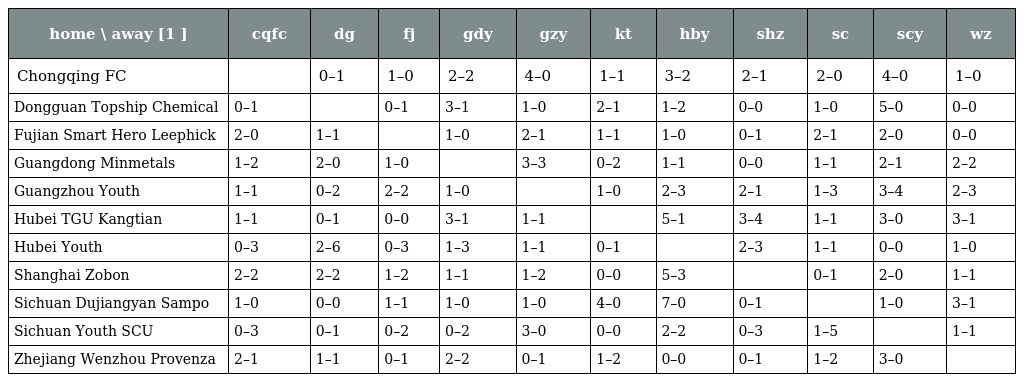
| home \ away [1 ] | cqfc | dg | fj | gdy | gzy | kt | hby | shz | sc | scy | wz |
 | --- | --- | --- | --- | --- | --- | --- | --- | --- | --- | --- | --- |
 | Chongqing FC |  | 0–1 | 1–0 | 2–2 | 4–0 | 1–1 | 3–2 | 2–1 | 2–0 | 4–0 | 1–0 |
 | Dongguan Topship Chemical | 0–1 |  | 0–1 | 3–1 | 1–0 | 2–1 | 1–2 | 0–0 | 1–0 | 5–0 | 0–0 |
 | Fujian Smart Hero Leephick | 2–0 | 1–1 |  | 1–0 | 2–1 | 1–1 | 1–0 | 0–1 | 2–1 | 2–0 | 0–0 |
 | Guangdong Minmetals | 1–2 | 2–0 | 1–0 |  | 3–3 | 0–2 | 1–1 | 0–0 | 1–1 | 2–1 | 2–2 |
 | Guangzhou Youth | 1–1 | 0–2 | 2–2 | 1–0 |  | 1–0 | 2–3 | 2–1 | 1–3 | 3–4 | 2–3 |
 | Hubei TGU Kangtian | 1–1 | 0–1 | 0–0 | 3–1 | 1–1 |  | 5–1 | 3–4 | 1–1 | 3–0 | 3–1 |
 | Hubei Youth | 0–3 | 2–6 | 0–3 | 1–3 | 1–1 | 0–1 |  | 2–3 | 1–1 | 0–0 | 1–0 |
 | Shanghai Zobon | 2–2 | 2–2 | 1–2 | 1–1 | 1–2 | 0–0 | 5–3 |  | 0–1 | 2–0 | 1–1 |
 | Sichuan Dujiangyan Sampo | 1–0 | 0–0 | 1–1 | 1–0 | 1–0 | 4–0 | 7–0 | 0–1 |  | 1–0 | 3–1 |
 | Sichuan Youth SCU | 0–3 | 0–1 | 0–2 | 0–2 | 3–0 | 0–0 | 2–2 | 0–3 | 1–5 |  | 1–1 |
 | Zhejiang Wenzhou Provenza | 2–1 | 1–1 | 0–1 | 2–2 | 0–1 | 1–2 | 0–0 | 0–1 | 1–2 | 3–0 |  |